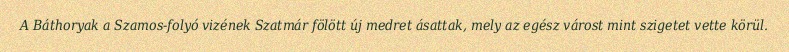
A Báthoryak a Szamos-folyó vizének Szatmár fölött új medret ásattak, mely az egész várost mint szigetet vette körül.